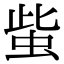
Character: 䖪